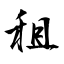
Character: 租